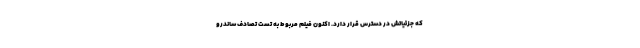
که جزئیاتش در دسترس قرار دارد. اکنون فیلم مربوط به تست تصادف ساندرو